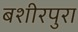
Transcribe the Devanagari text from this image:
बशीरपुरा